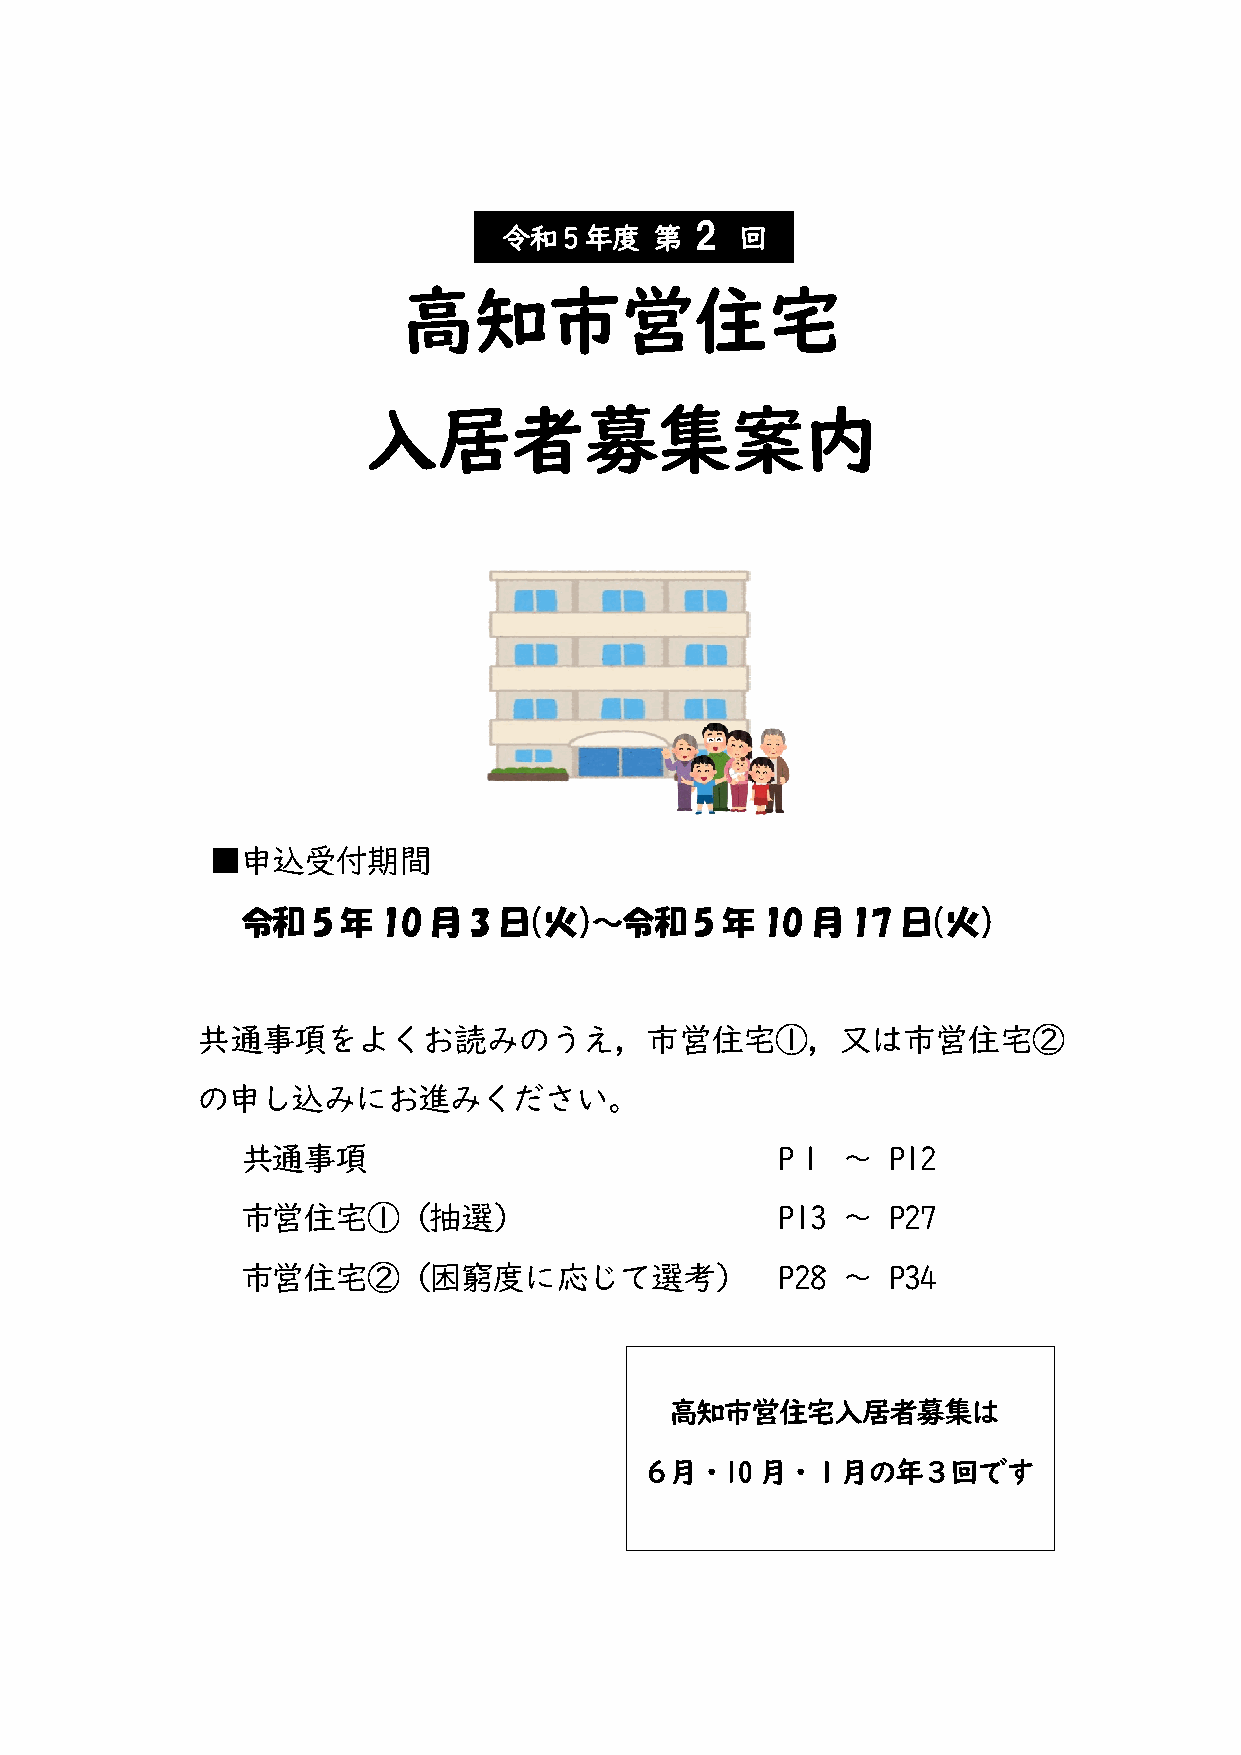
2
 令和5年度     第     回
 高知市営住宅
 入居者募集案内
 ■申込受付期間
 令和   5 年 10 月  3 日（火）～令和      5 年 10  月 17  日（火）
 共通事項をよくお読みのうえ，市営住宅①，又は市営住宅②
 の申し込みにお進みください。
 共通事項                               P１   ～  P12
 市営住宅①（抽選）                           P13 ～  P27
 市営住宅②（困窮度に応じて選考）                   P28  ～  P34
 高知市営住宅入居者募集は
 ６月・10月・１月の年３回です